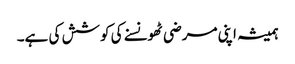
ہمیشہ اپنی مرضی ٹھونسنے کی کوشش کی ہے۔